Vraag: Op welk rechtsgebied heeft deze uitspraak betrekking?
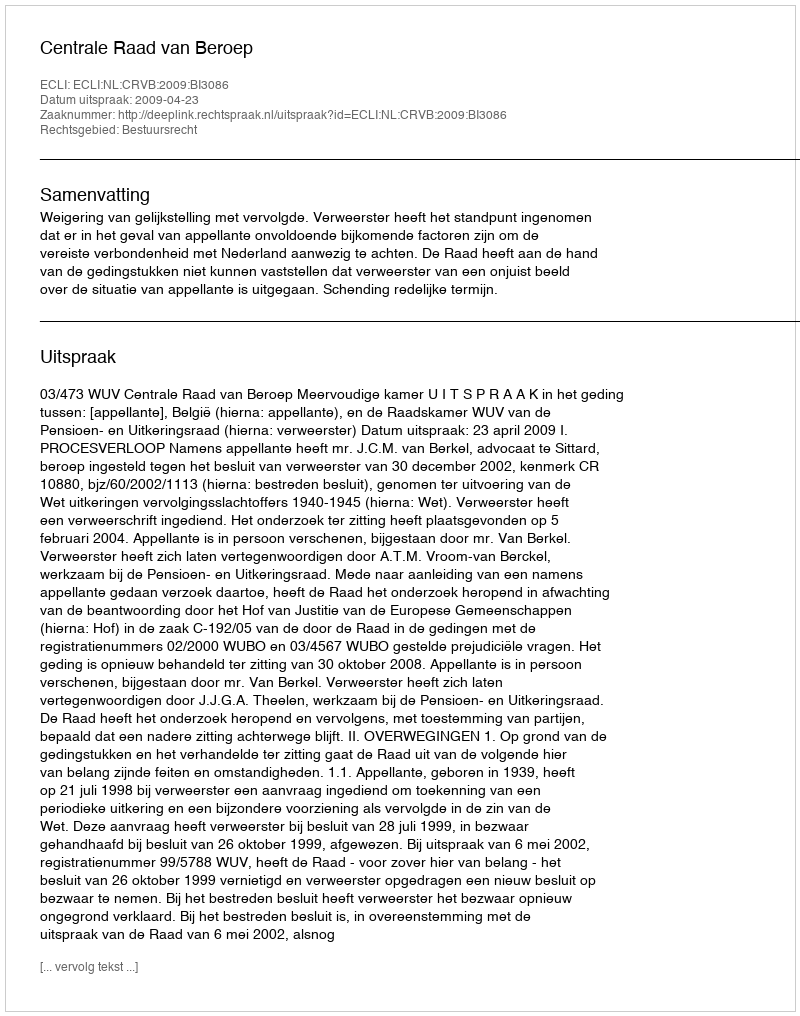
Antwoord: Bestuursrecht